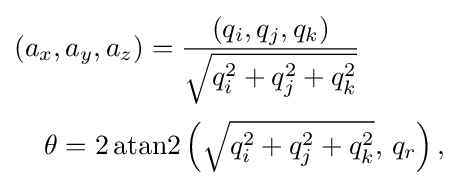
{\begin{aligned}(a_{x},a_{y},a_{z})={}&{\frac {(q_{i},q_{j},q_{k})}{\sqrt {q_{i}^{2}+q_{j}^{2}+q_{k}^{2}}}}\\[2pt]\theta =2\operatorname {atan2} &\left({\sqrt {q_{i}^{2}+q_{j}^{2}+q_{k}^{2}}},\,q_{r}\right),\end{aligned}}